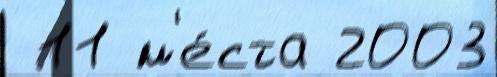
 11 м'е́ста 2003